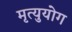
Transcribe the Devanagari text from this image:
मृत्युयोग